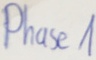
Text: Phase1